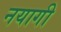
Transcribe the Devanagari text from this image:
नयागी